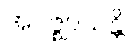
အဝဇ္ဈာယန္တိ